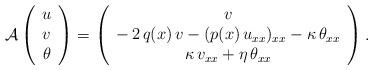
LaTeX: \begin{align*}\mathcal{A}\left(\begin{array}{c}u \\v \\\theta\end{array}\right) =\left(\begin{array}{c}v \\-\,2\,q(x)\,v - (p(x)\,u_{xx})_{xx}- \kappa\,\theta_{xx} \\\kappa\,v_{xx} + \eta\,\theta_{xx} \end{array}\right).\end{align*}